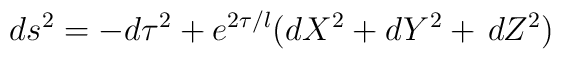
ds^{2}=-d\tau ^{2}+e^{2\tau /l}(dX^{2}+dY^{2}+\,dZ^{2})